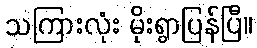
သကြားလုံး မိုးရွာပြန်ပြီ။